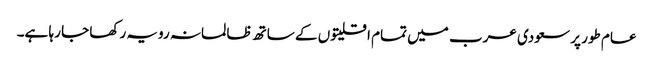
عام طور پر سعودی عرب میں تمام اقلیتوں کے ساتھ ظالمانہ رویہ رکھا جا رہا ہے۔